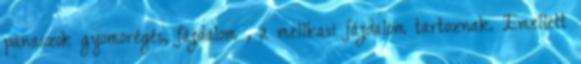
panaszok gyomorégés, fájdalom , a mellkasi fájdalom tartoznak. Emellett